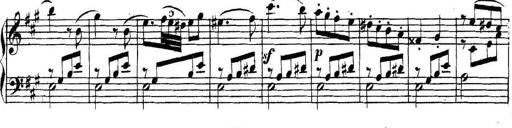
Title: Collected Piano Sonatas
Composer: Muzio Clementi